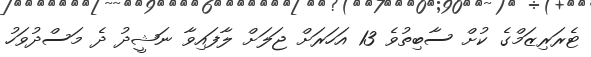
ޓެރަރިޒަމްގެ ކުށް ސާބިތުވެ 13 އަހަރަށް ޖަލަށް ލާފައިވާ ނަޝީދު ދެ މަސްދުވަހު